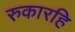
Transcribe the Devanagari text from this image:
रुकारहि